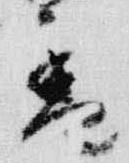
香